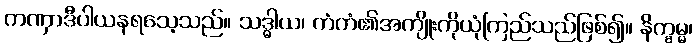
ကဏှာဒီပါယနရသေ့သည်။ သဒ္ဓါယ၊ ကံကံ၏အကျိုးကိုယုံကြည်သည်ဖြစ်၍။ နိက္ခမ္မ၊